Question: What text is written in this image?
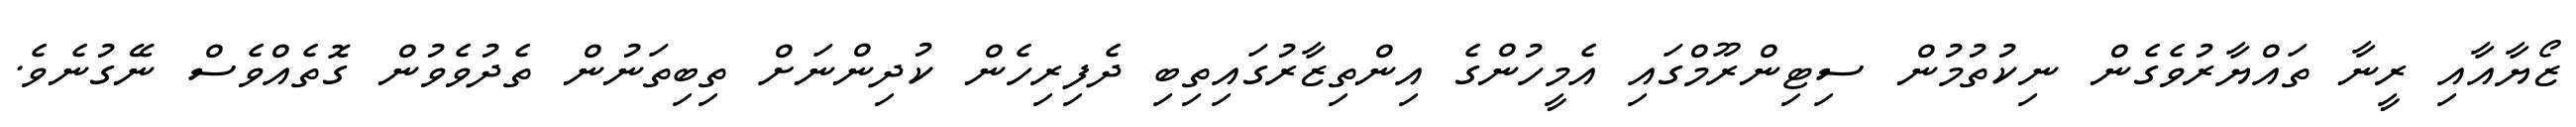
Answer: ޒޯޔާއާއި ރީނާ ތައްޔާރުވެގެން ނިކުތުމުން ސިޓިންރޫމްގައި އެމީހުންގެ އިންތިޒާރުގައިތިބި ދެފިރިހެން ކުދިންނަށް ތިބިތަނުން ތެދުވެވުން ގޮތެއްވެސް ނޭގުނެވެ.